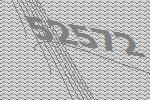
52572